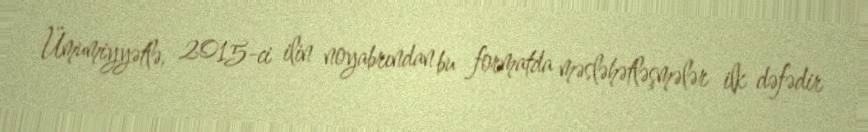
Ümumiyyətlə, 2015-ci ilin noyabrından bu formatda məsləhətləşmələr ilk dəfədir